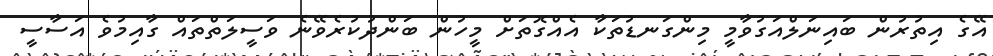
އޭގެ އިތުރުން ބައިނަލްއަގުވާމީ މިންގަނޑުތަކާ އެއްގޮތަށް މީހުން ބަންދުކުރެވޭނެ ވަސީލަތްތައް ގާއިމުވެ އަސާސީ